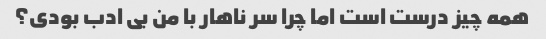
همه چیز درست است اما چرا سر ناهار با من بی ادب بودی؟